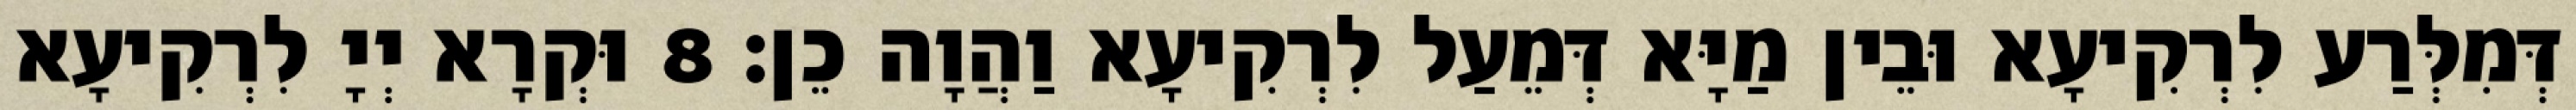
דְּמִלְּרַע לִרְקִיעָא וּבֵין מַיָּא דְּמֵעַל לִרְקִיעָא וַהֲוָה כֵן׃ 8 וּקְרָא יְיָ לִרְקִיעָא